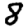
Digit: 8